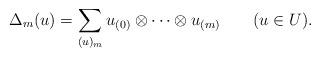
\begin{align*}\Delta_m(u)=\sum_{(u)_m}u_{(0)}\otimes\cdots\otimes u_{(m)}\qquad(u\in U).\end{align*}